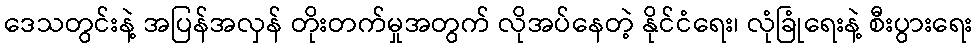
ဒေသတွင်းနဲ့ အပြန်အလှန် တိုးတက်မှုအတွက် လိုအပ်နေတဲ့ နိုင်ငံရေး၊ လုံခြုံရေးနဲ့ စီးပွားရေး